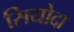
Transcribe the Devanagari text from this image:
सियोदा